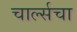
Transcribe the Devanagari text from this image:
चार्ल्सचा